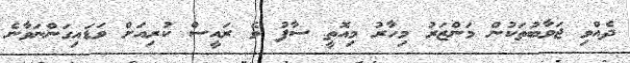
ދެއްވި ޖަވާބުތަކުން މަންޒަރު މިހާރު މިއޮތީ ސާފު ވެ ރައީސް ކުރިއަށް ވަޑައިގަންނަވާނެ